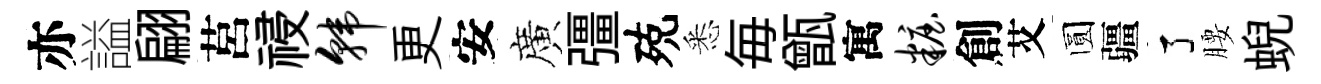
亦謚翩莒祲韩更安廣彊殑悉毎甑寓妆創艾圆疆了腰蜺